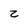
Character: Z